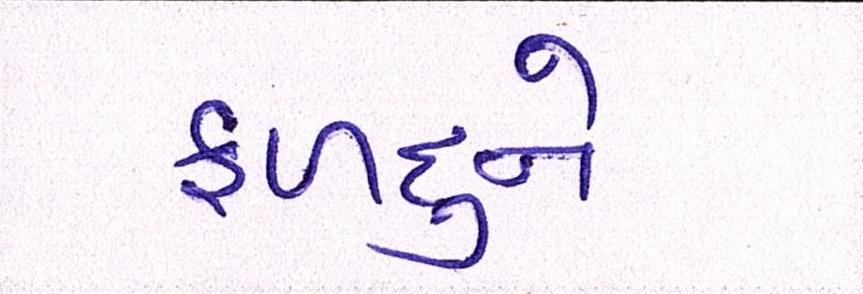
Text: ફળદુને